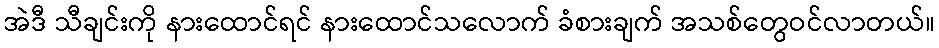
အဲဒီ သီချင်းကို နားထောင်ရင် နားထောင်သလောက် ခံစားချက် အသစ်တွေဝင်လာတယ်။